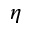
\eta